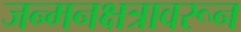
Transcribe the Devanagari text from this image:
जन्मनक्षत्रावरून